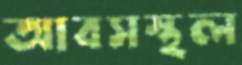
আবসস্থল